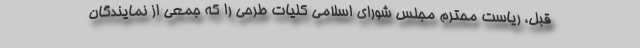
قبل، ریاست محترم مجلس شورای اسلامی کلیات طرحی را که جمعی از نمایندگان